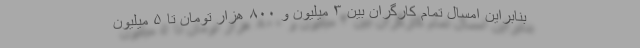
بنابراین امسال تمام کارگران بین ۳ میلیون و ۸۰۰ هزار تومان تا ۵ میلیون